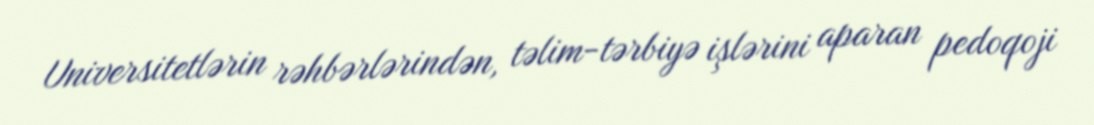
Universitetlərin rəhbərlərindən, təlim-tərbiyə işlərini aparan pedoqoji